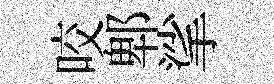
咬郫挲